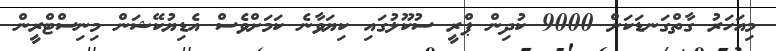
މިއަހަރު ގާތްގަނޑަކަށް 9000 ކުދިން ޕްރީ ސުކޫލުގައި ކިޔަވާނެ ކަމަށްވެސް އެޑިޔުކޭޝަން މިނިސްޓްރީން